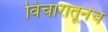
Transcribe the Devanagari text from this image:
विचारातूनच